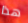
هذا